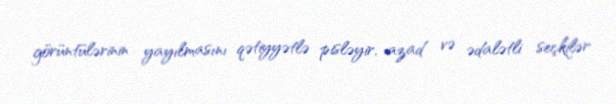
görüntülərinin yayılmasını qətiyyətlə pisləyir, azad və ədalətli seçkilər